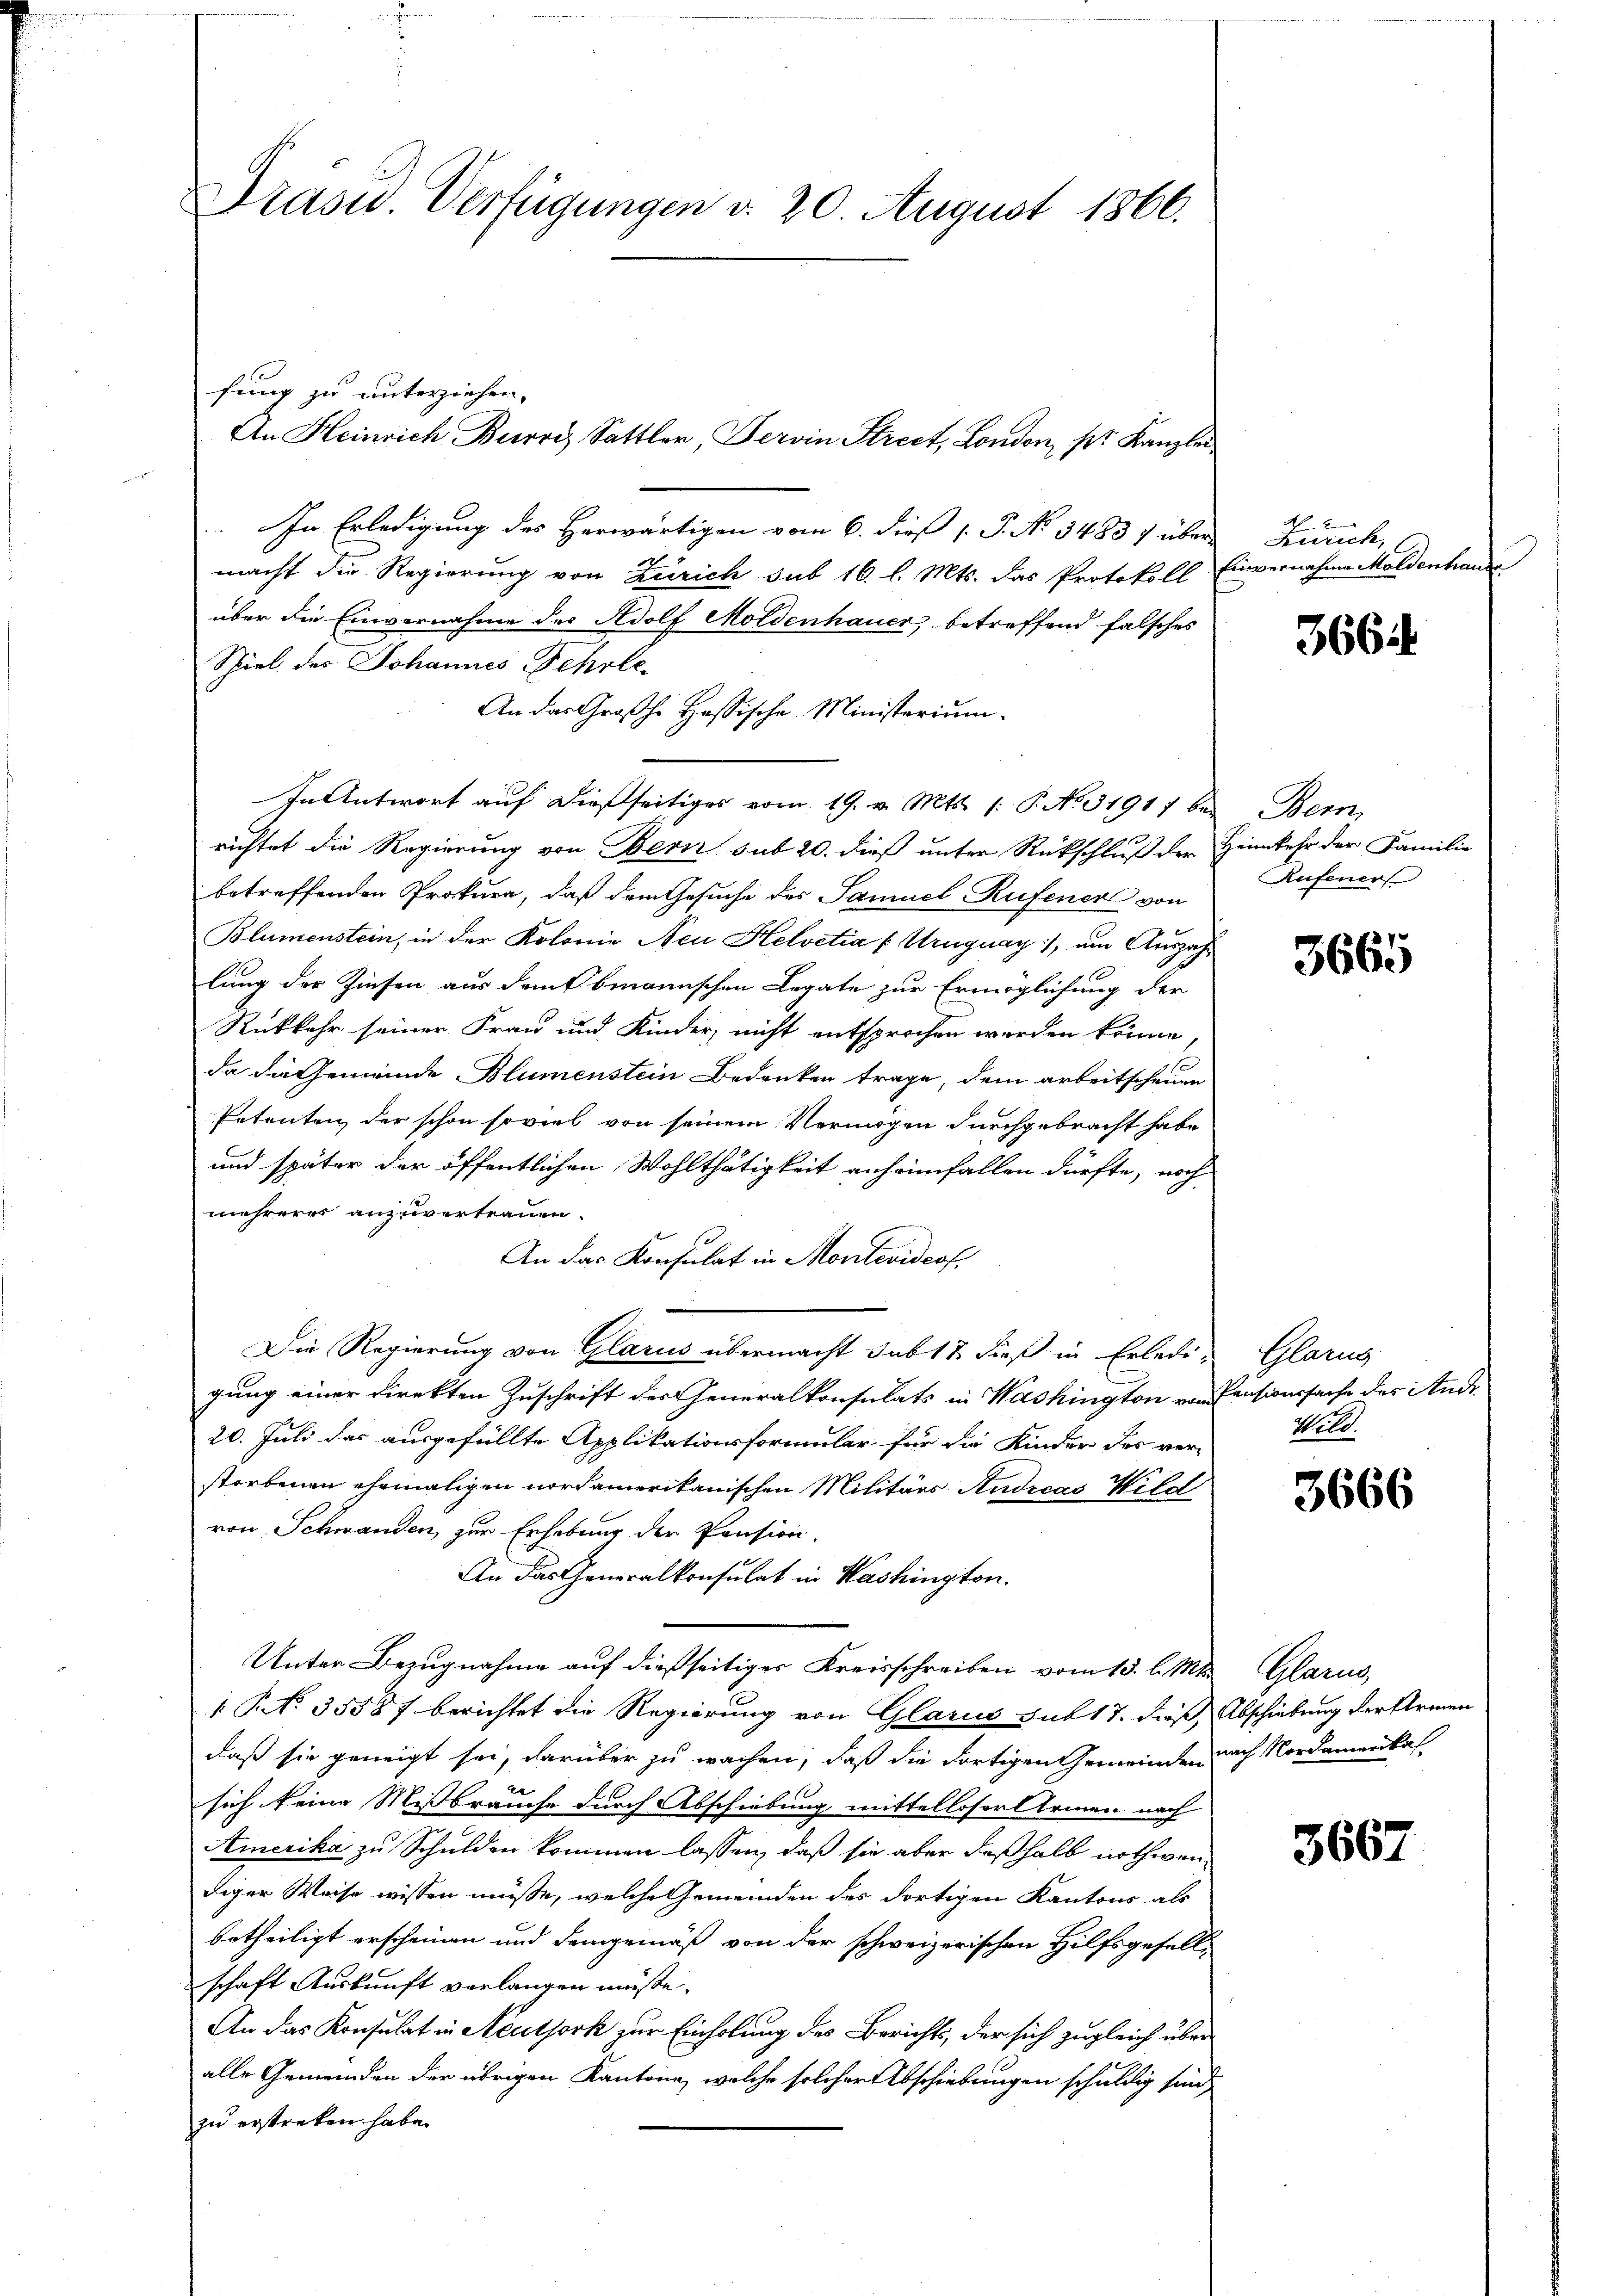
Drasu. Verfügungen d. 20. August 1866.

fung zu unterziehen.
In Erledigung des Herwärtigen vom 6. dieß P. No 34837 über
macht die Regierung von Zürich sub 16. l. Mts. das Protokoll
über die Einvernahme des Adolf Moldenhauer betreffend falsches
Spiel des Johannes Fehrle-
An das Großhe Hassische Ministerium
In Antwort auf dießseitiges vom 19. v. Mts. (: P. No. 31917 be-
richtet die Regierung von Bern sub 20. dieß unter Rückschluß der Heimkehr der Familie
betreffenden Prokura, daß dem Gesuche des Samuel Rufener von
Blumenstein, in der Kolonie Neu Helvetia (Uruguay), um Auszahlung der Zinsen aus dem Obmannschen Legate zur Ermöglichung der
Rükkehr seiner Frau und Kinder, nicht entsprochen worden könne,
da die Gemeinde Blumenstein Bedenken trage, dem arbeitscheuen
Petenten der schon soviel von seinem Vermögen durchgebracht habe
und später der öffentlichen Wohlthätigkeit anheimfallen dürfte, noch
mehreres anzuvertrauen.
An das Konsulat in Montevideof.
Die Regierung von Glarus übermacht sub 12 dieß in Erledi- Glarus
gung einer Direkten Zuschrift der Generalkonsulats in Washington von Pensionssache des Ande
20. Juli das ausgefüllte Applikationsformular für die Kinder des ver-
storbenen ehemaligen nordamerikanischen Militärs Andreas Wild
von Schwanden, zur Erhebung der Pension.
An das Generalkonsulat in Washington.
Unter Bezugnahme auf dießseitiger Kreisschreiben vom 15. l. Mts. Glarus,
1 No 35587 berichtet die Regierung von Glarus sub 17. dieß Abschiebung der Armen
daß sie geneigt sei, darüber zu wachen, daß die dortigen Gemeinde nach Nordamerikas
sich keine Missbrauche durch Abschiebung mittelloser Armen nach
Emerika zu Schulden kommen lassen, daß sie aber deßhalb nothwendiger Weise wissen müsse, welche Gemeinden des dortigen Kantons als
betheiligt erscheinen und demgemäß von der schweizerischen Hilfsgesell-
schaft Auskunft verlangen müsse.
An das Konsulat in Neuthork zur Einholung des Berichts, der sich zugleich über
alle Gemeinden der übrigen Kantone, welche solcher Abschiebungen schuldig sind
zu erstreten habe.

An Heinrich Burri, Sattler, Servin Strect, London, pr. Kanzlei

Zürich,
Einvernahme Maldenhange

366.

Bern
Rufener

3665

Not.

3666

3667